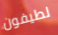
لطيفون